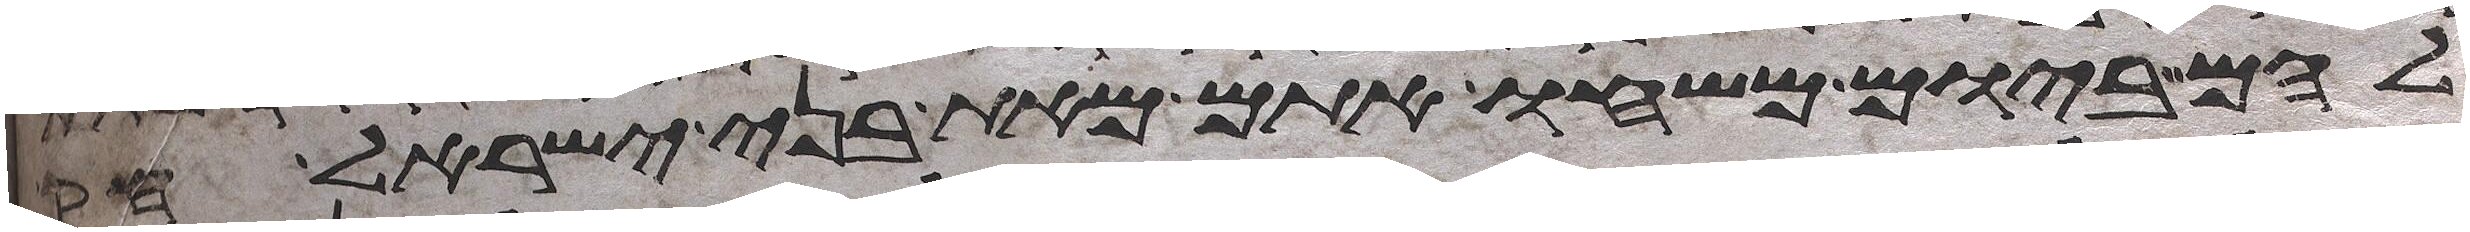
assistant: להם ביום משחו אתם מאת בני ישראל חק